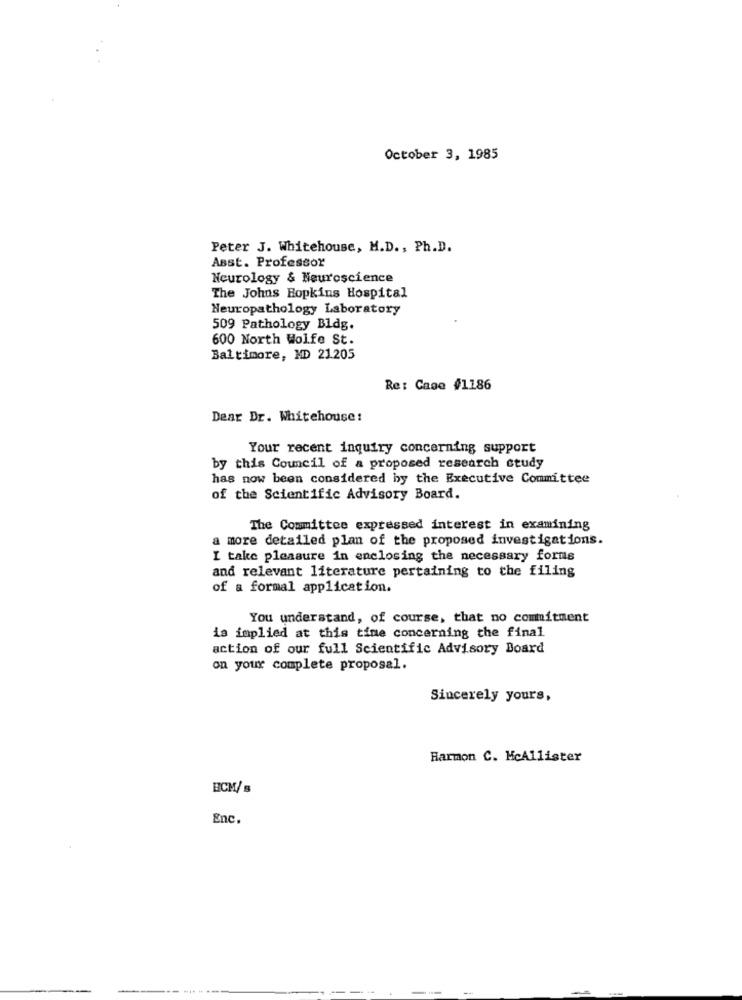
October 3, 1985
Peter J. Whitehouse, M.D ., Ph.D.
ABst. Professor
Neurology & Neuroscience
The Johns Hopkins Hospital
Neuropathology Laboratory
509 Pathology Bldg.
600 North Wolfe St.
Baltimore, MD 21.205
Re: Case #1186
Dear Dr. Whitehouse:
Your recent inquiry concerning support
by this Council of a proposed research study
has now been considered by the Executive Committee
of the Scientific Advisory Board.
The Committee expressed interest in examining
a more detailed plan of the proposed investigations.
I take pleasure in enclosing the necessary forus
and relevant literature pertaining to the filing
of a formal application.
You understand, of course, that no commitment
is implied at this time concerning the final
action of our full Scientific Advisory Board
on your complete proposal.
Sincerely yours,
Harmon C. McAllister
ECM/s
Enc.
-------